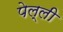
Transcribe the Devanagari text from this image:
पेल्ली